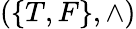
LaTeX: (\{ T,F\} ,\wedge)